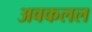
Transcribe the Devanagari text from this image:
अवकलल